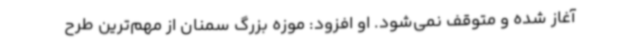
آغاز شده و متوقف نمی‌شود. او افزود: موزه بزرگ سمنان از مهم‌ترین طرح